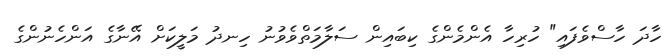
ހާދަ ހާސްވެފައި" ހުރިހާ އެންމެންގެ ކިބައިން ސަލާމަތްވެވުނު ހިނދު މަލީކަށް އޭނާގެ އަންހެނުންގެ